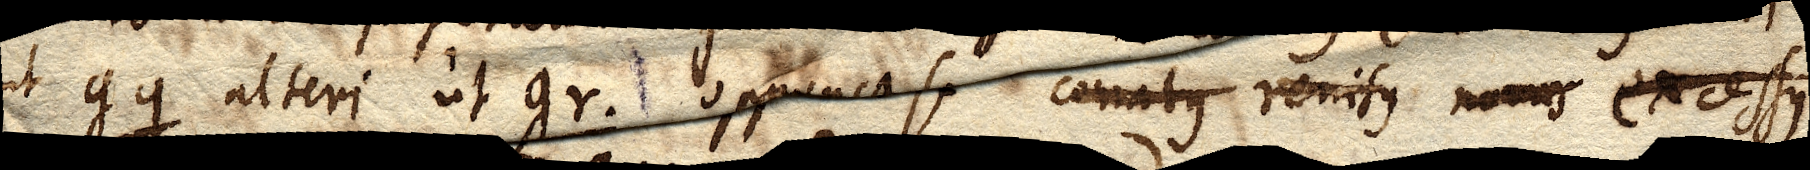
ut gq alteri ut gr. oppositus conatus renisus novus excessus